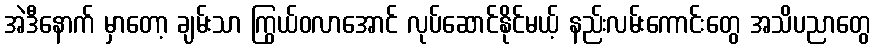
အဲဒီနောက် မှာတော့ ချမ်းသာ ကြွယ်ဝလာအောင် လုပ်ဆောင်နိုင်မယ့် နည်းလမ်းကောင်းတွေ အသိပညာတွေ